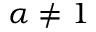
\alpha \neq 1